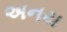
અનય